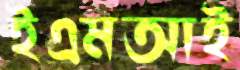
ইএমআই